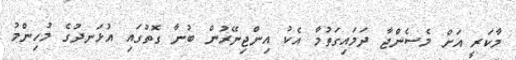
މާކަރީ އަށް މެސެންޖާ ދަމައިގަތުމާ އެކު އިންޖިނޭރުން ބުނާ ގޮތުގައި އުޅަނދުގެ މުހިންމު